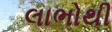
લાભોથી